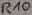
Text: R10